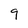
Character: 9